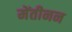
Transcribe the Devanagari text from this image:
मेंतीनन